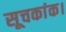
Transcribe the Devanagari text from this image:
सूचकांक।